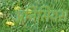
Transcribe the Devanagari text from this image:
ॲनिसियस